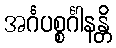
အင်္ဂပစ္စင်္ဂါနန္တိ